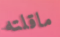
ماقلته